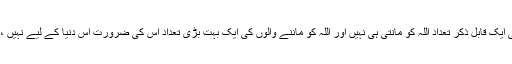
دنیا کا مسئلہ یہ ہے کہ یا تو انسانوں کی ایک قابل ذکر تعداد اللہ کو مانتی ہی نہیں اور اللہ کو ماننے والوں کی ایک بہت بڑی تعداد اُس کی ضرورت اِس دنیا کے لیے نہیں ، صرف اُس دنیا کے لیے سمجھتی ہے !